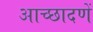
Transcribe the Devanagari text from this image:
आच्छादणें